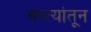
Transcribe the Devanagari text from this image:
वस्त्यांतून